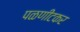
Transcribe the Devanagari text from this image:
पळणीटकर